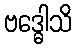
ဗဒ္ဓေါသိ